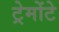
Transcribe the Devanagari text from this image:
ट्रेमोंटे